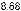
8.68